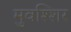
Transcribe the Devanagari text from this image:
मुवश्शिर